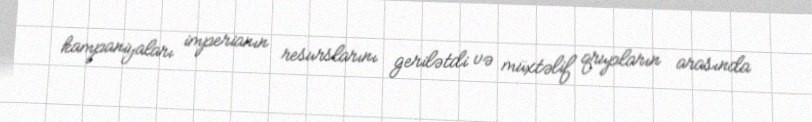
kampaniyaları imperianın resurslarını gerilətdi və müxtəlif qrupların arasında